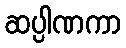
ဆပ္ပါဏကာ